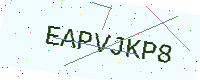
Text: EAPVJKP8